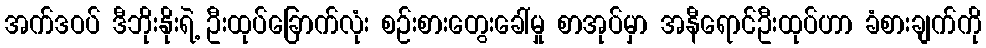
အက်ဒဝပ် ဒီဘိုးနိုးရဲ့ ဦးထုပ်ခြောက်လုံး စဉ်းစားတွေးခေါ်မှု စာအုပ်မှာ အနီရောင်ဦးထုပ်ဟာ ခံစားချက်ကို